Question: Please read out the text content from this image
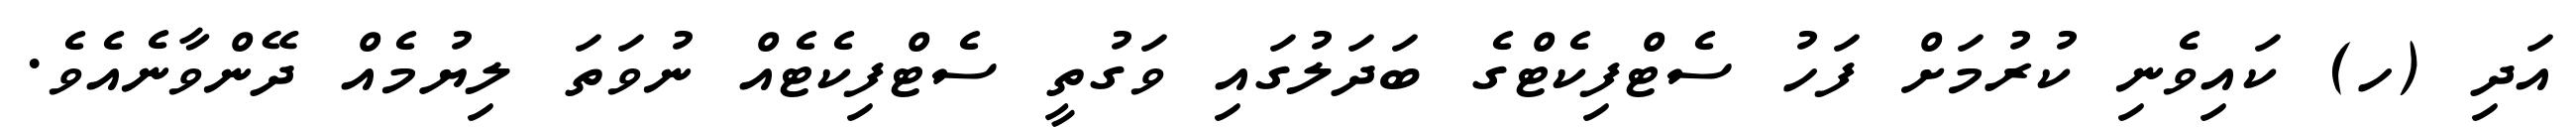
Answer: އަދި (ހ) ކައިވެނި ކުރުމަށް ފަހު ސެޓްފިކެޓްގެ ބަދަލުގައި ވަގުތީ ސެޓްފިކެޓެއް ނުވަތަ ލިޔުމެއް ދޭންވާނެއެވެ.